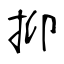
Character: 抑